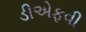
ડીએફવી